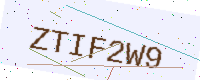
Text: ZTIF2W9